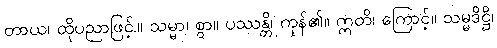
တာယ၊ ထိုပညာဖြင့်.။ သမ္မာ၊ စွာ။ ပဿန္တိ၊ ကုန်၏။ ဣတိ၊ ကြောင့်။ သမ္မဒိဋ္ဌိ၊